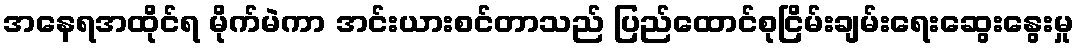
အနေရအထိုင်ရ မိုက်မဲကာ အင်းယားစင်တာသည် ပြည်ထောင်စုငြိမ်းချမ်းရေးဆွေးနွေးမှု